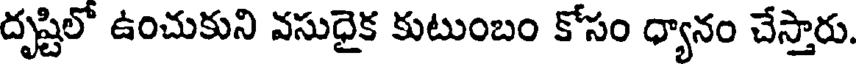
దృష్టిలో ఉంచుకుని వసుధైక కుటుంబం కోసం ధ్యానం చేస్తారు.